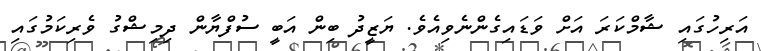
އަރިހުގައި ޝާމްކަރަ އަށް ވަޑައިގެންނެވިއެވެ. ޔަޒީދު ބިން އަބީ ސުފްޔާން ދިމިޝްގު ވެރިކަމުގައި